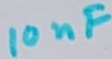
Text: 10nF